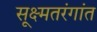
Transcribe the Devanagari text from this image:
सूक्ष्मतरंगांत